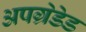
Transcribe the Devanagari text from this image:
अपग्रेडेड